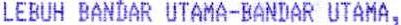
LEBUH BANDAR UTAMA-BANDAR UTAMA,